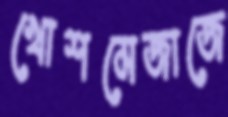
খোশমেজাজে